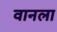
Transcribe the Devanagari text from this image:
वानला